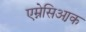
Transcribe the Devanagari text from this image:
एम्नेसिआ़क